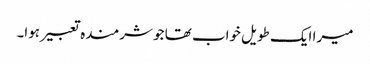
میرا ایک طویل خواب تھا جو شرمندہ تعبیر ہوا۔